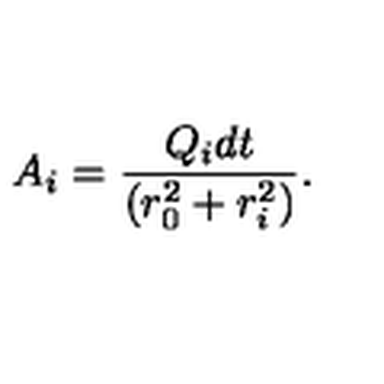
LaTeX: A _ { i } = \frac { Q _ { i } d t } { ( r _ { 0 } ^ { 2 } + r _ { i } ^ { 2 } ) } .